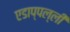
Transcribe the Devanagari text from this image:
एडाप्पल्ली